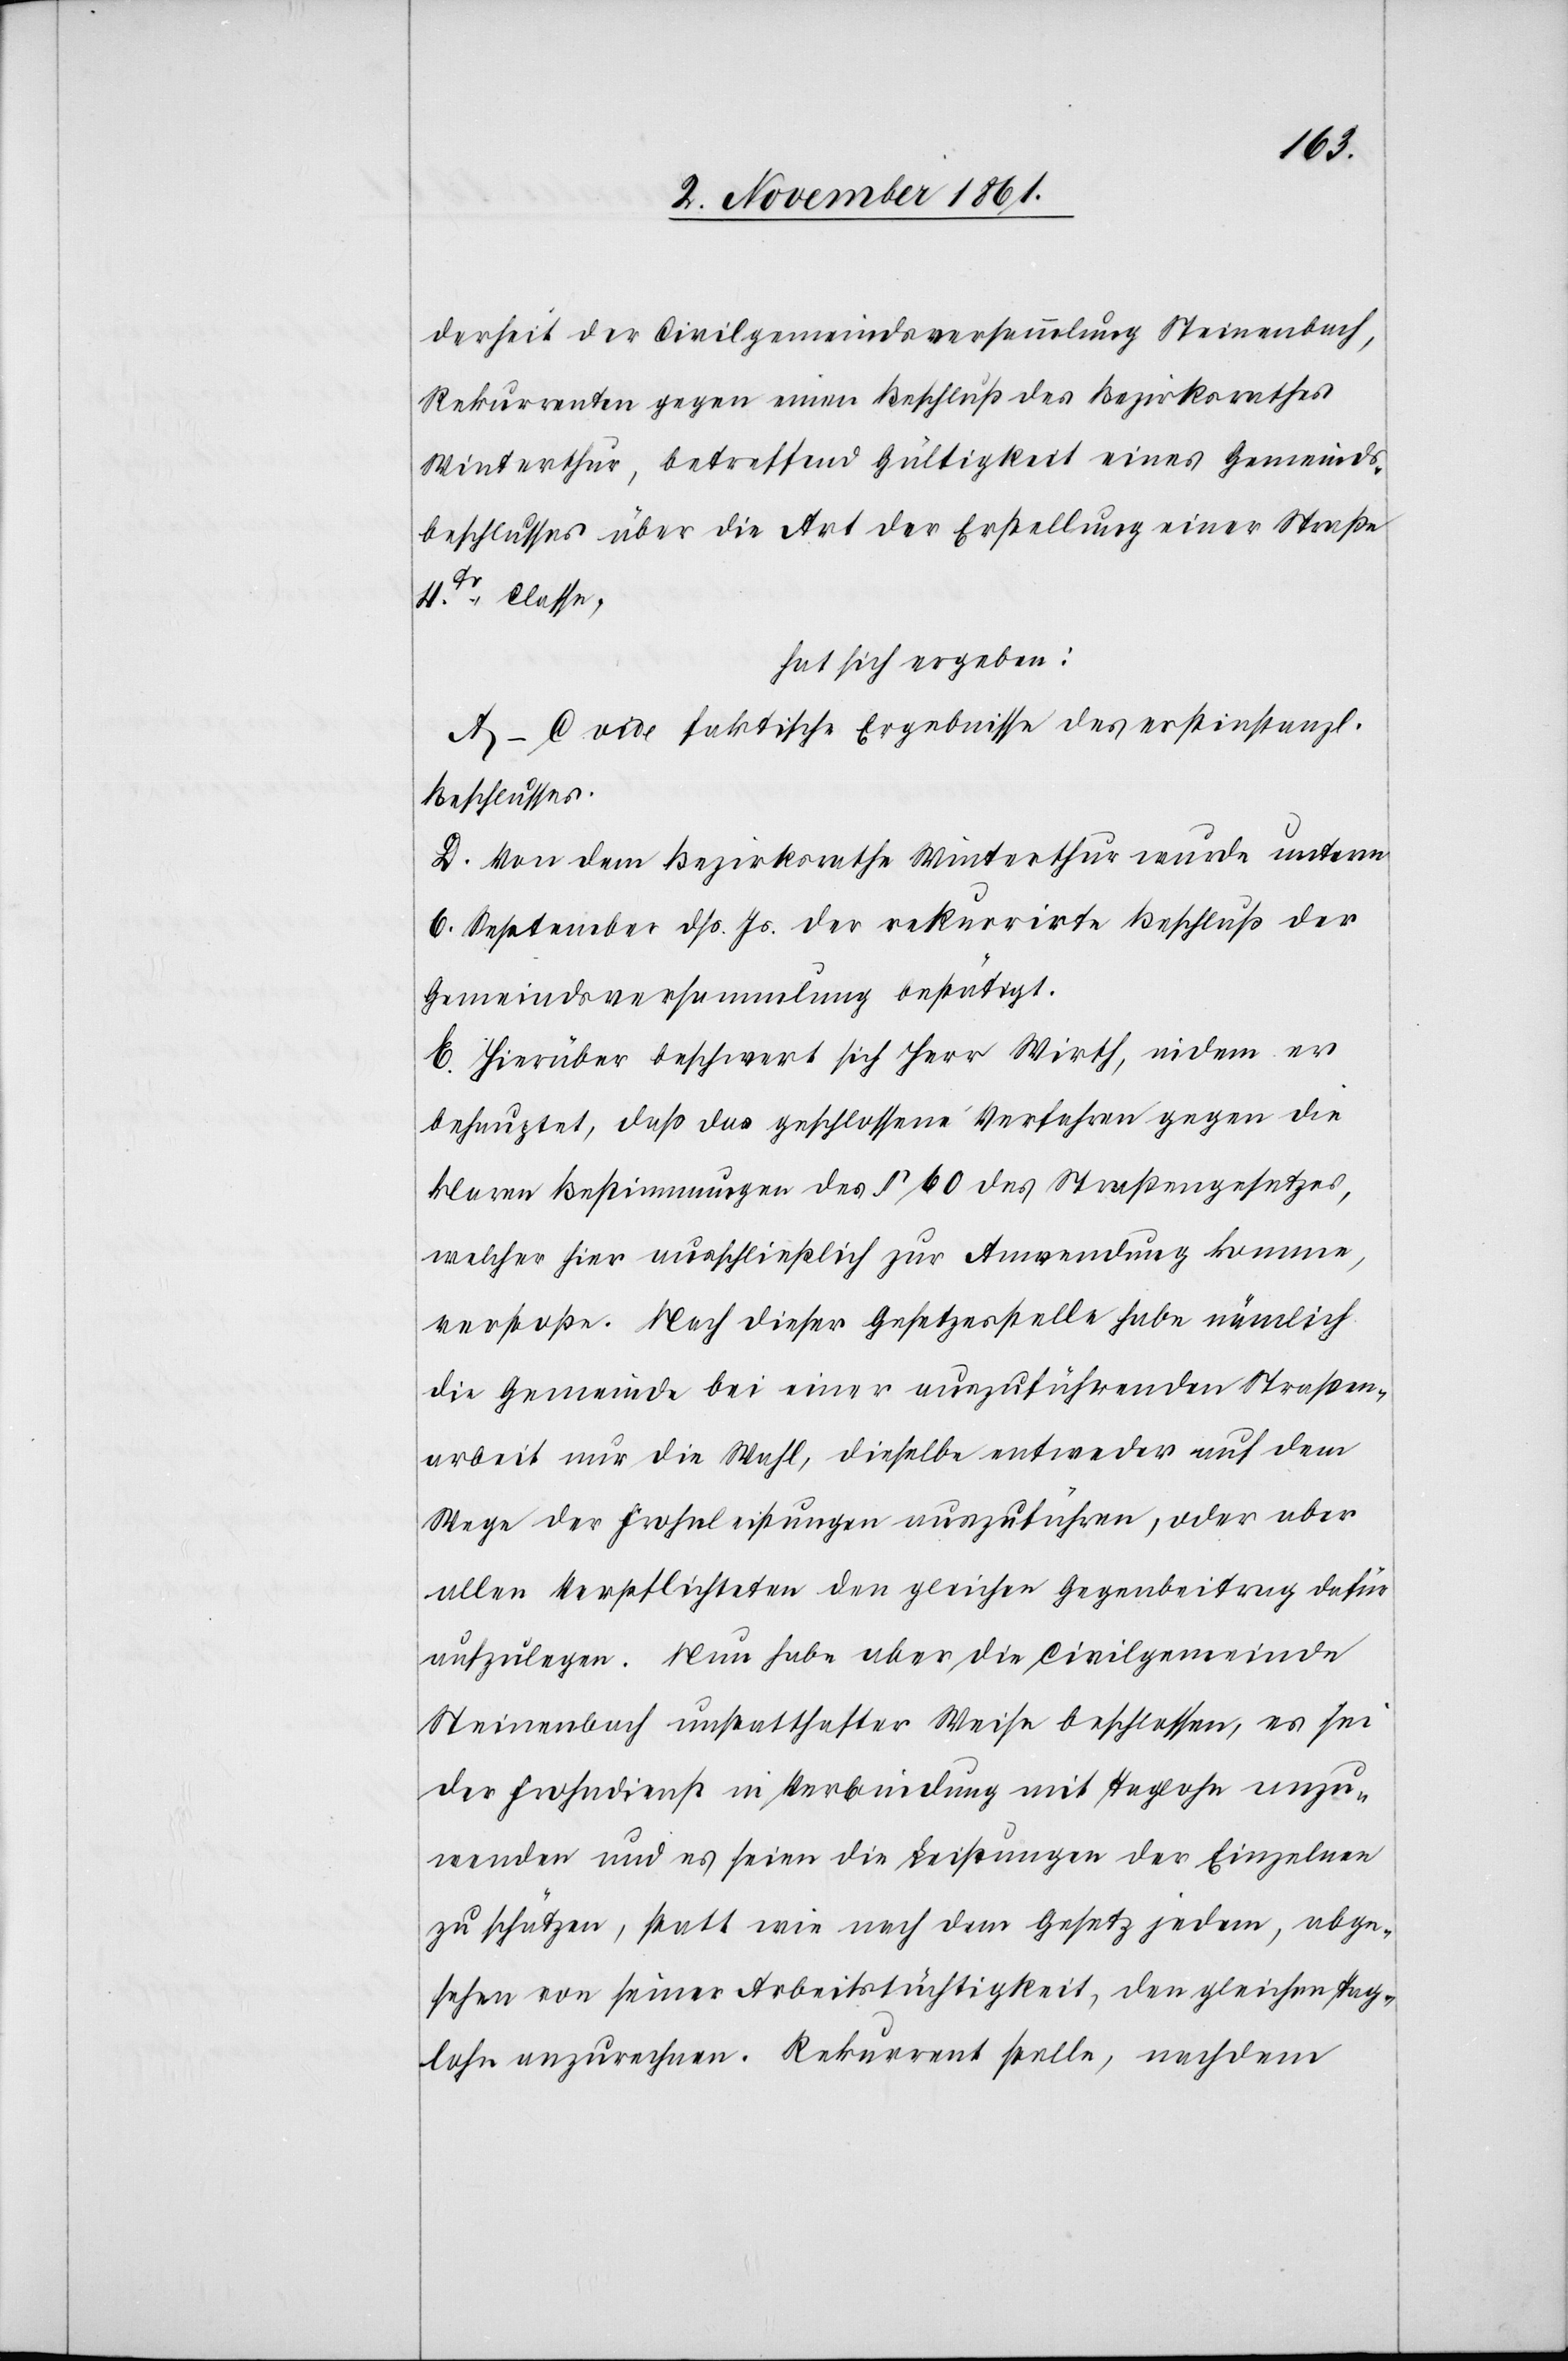
derheit der Civilgemeindsversammlung Steinenbach,
Rekurrenten gegen einen Beschluß des Bezirksrathes
Winterthur, betreffend Gültigkeit eines Gemeinds¬
beschlusses über die Art der Erstellung einer Straße
4tr Classe,
hat sich ergeben:
A–C vide faktische Ergebnisse des erstinstanzlichen
Beschlusses.
D. Von dem Bezirksrathe Winterthur wurde unterm
6 September dß. Js. der rekurrirte Beschluß der
Gemeindsversammlung bestätigt.
E. Hierüber beschwert sich Herr Wirth, indem er
behauptet, daß das geschlossene Verfahren gegen die
klaren Bestimmungen des § 60 des Straßengesetzes,
welcher hier ausschließlich zur Anwendung komme,
verstoße. Nach dieser Gesetzesstelle habe nämlich
die Gemeinde bei einer auszuführenden Straßen¬
arbeit nur die Wahl, dieselbe entweder auf dem
Wege der Frohnleistungen auszuführen, oder aber
allen Verpflichteten den gleichen Gegenbeitrag dafür
aufzulegen. Nun habe aber die Civilgemeinde
Steinenbach unstatthafter Weise beschlossen, es sei
der Frohndienst in Verbindung mit Taglohn anzu¬
wenden und es seien die Leistungen der Einzelnen
zu schätzen, statt wie nach dem Gesetz jedem, abge¬
sehen von seiner Arbeitstüchtigkeit, den gleichen Tag¬
lohn anzurechnen. Rekurrent stelle, nachdem